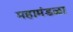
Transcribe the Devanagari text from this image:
महामंडळा